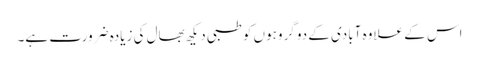
اس کے علاوہ آبادی کے دو گروہوں کو طبی دیکھ بھال کی زیادہ ضرورت ہے۔